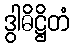
ဒွါဓိဋ္ဌိတံ